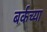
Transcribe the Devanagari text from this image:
बर्कच्या